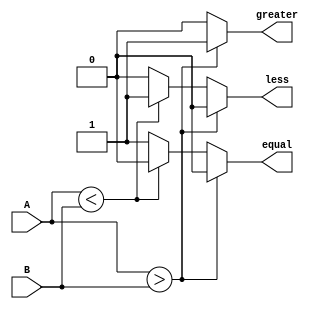
module unsigned_comparator (
    input [31:0] A,
    input [31:0] B,
    output reg greater,
    output reg less,
    output reg equal
);

always @ (A or B) begin
    if (A > B) begin
        greater = 1;
        less = 0;
        equal = 0;
    end else if (A < B) begin
        greater = 0;
        less = 1;
        equal = 0;
    end else begin
        greater = 0;
        less = 0;
        equal = 1;
    end
end

endmodule